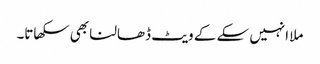
ملا انہیں سکے کے ویٹ ڈھالنا بھی سکھاتا۔